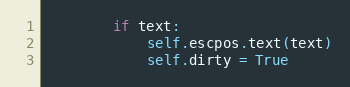
Language: Python
        if text:
            self.escpos.text(text)
            self.dirty = True